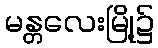
မန္တလေးမြို့၌